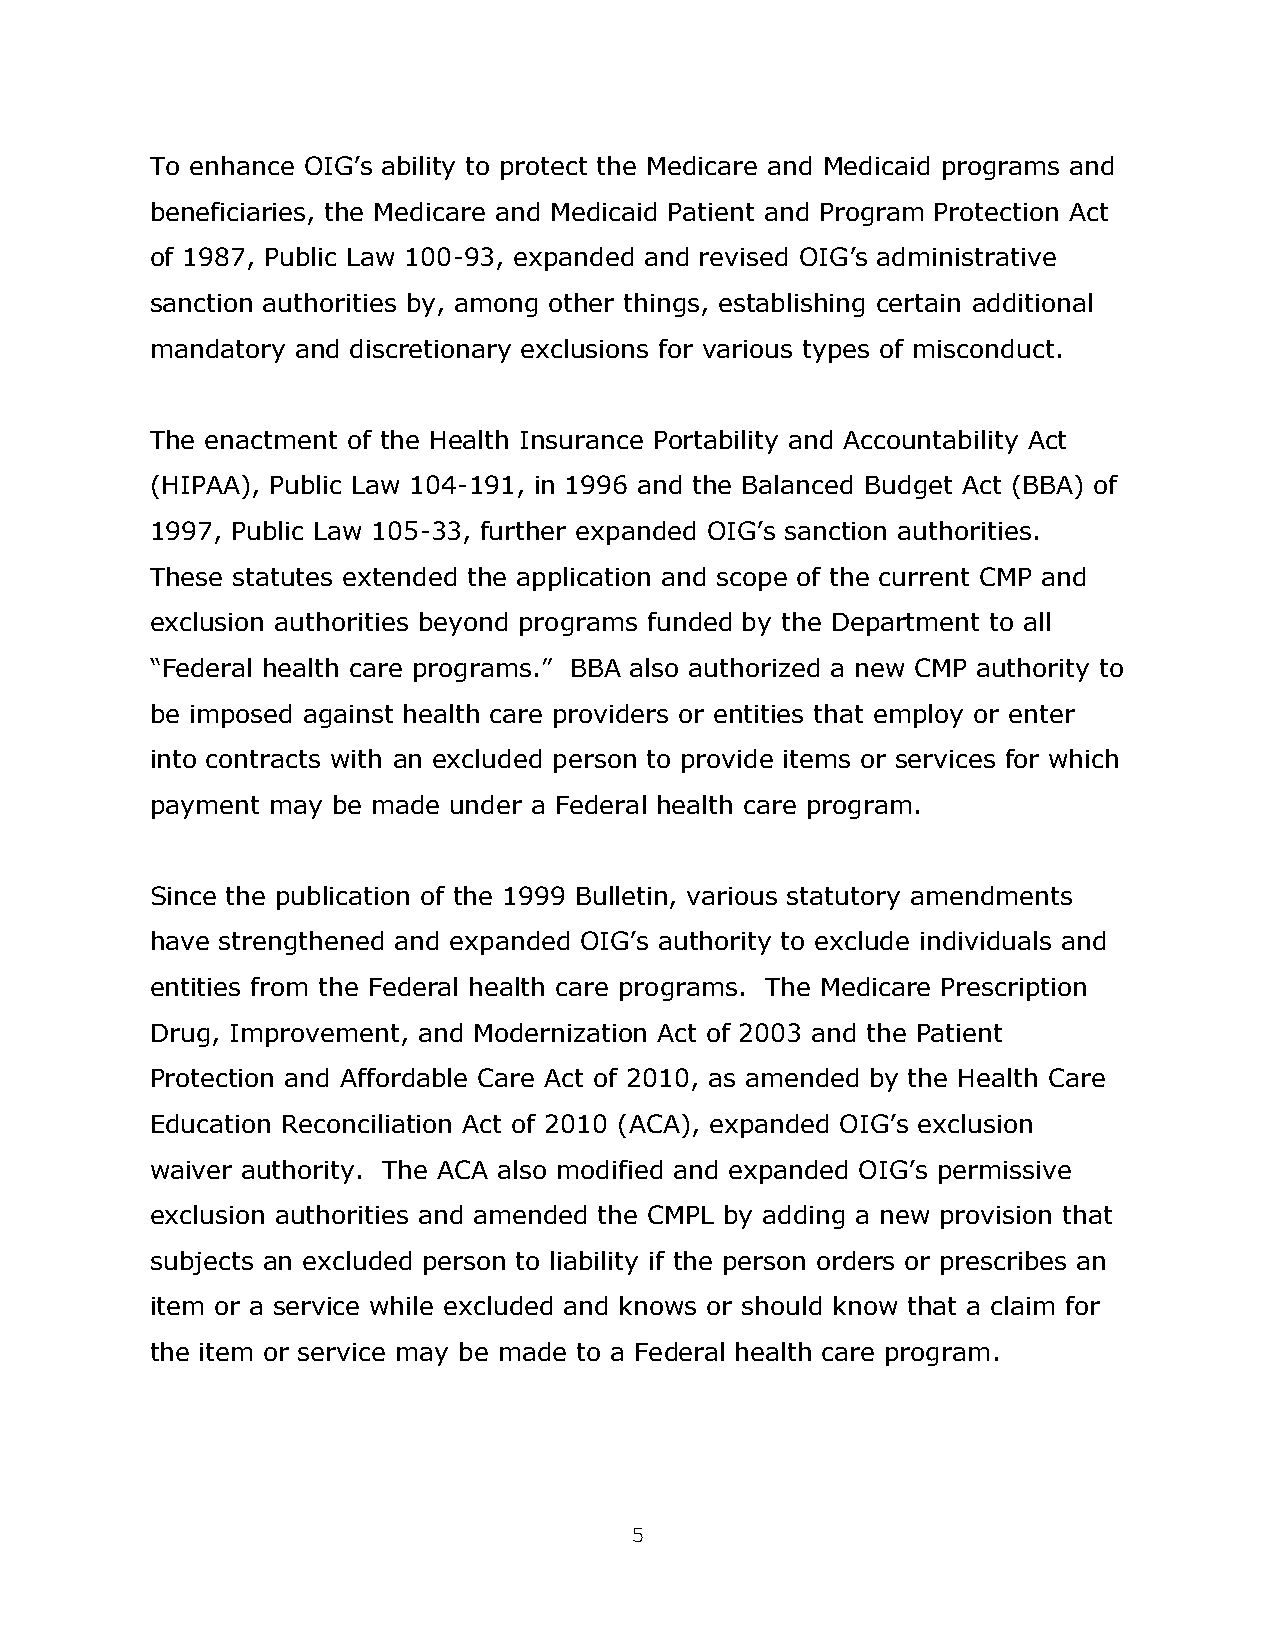
To enhance OIG’s ability to protect the Medicare and Medicaid programs and
 beneficiaries, the Medicare and Medicaid Patient and Program Protection Act
 of 1987, Public Law 100-93, expanded and revised OIG’s administrative
 sanction authorities by, among other things, establishing certain additional
 mandatory and discretionary exclusions for various types of misconduct.
 The enactment of the Health Insurance Portability and Accountability Act
 (HIPAA), Public Law 104-191, in 1996 and the Balanced Budget Act (BBA) of
 1997, Public Law 105-33, further expanded OIG’s sanction authorities.
 These statutes extended the application and scope of the current CMP and
 exclusion authorities beyond programs funded by the Department to all
 “Federal health care programs.” BBA also authorized a new CMP authority to
 be imposed against health care providers or entities that employ or enter
 into contracts with an excluded person to provide items or services for which
 payment may be made under a Federal health care program.
 Since the publication of the 1999 Bulletin, various statutory amendments
 have strengthened and expanded OIG’s authority to exclude individuals and
 entities from the Federal health care programs. The Medicare Prescription
 Drug, Improvement, and Modernization Act of 2003 and the Patient
 Protection and Affordable Care Act of 2010, as amended by the Health Care
 Education Reconciliation Act of 2010 (ACA), expanded OIG’s exclusion
 waiver authority. The ACA also modified and expanded OIG’s permissive
 exclusion authorities and amended the CMPL by adding a new provision that
 subjects an excluded person to liability if the person orders or prescribes an
 item or a service while excluded and knows or should know that a claim for
 the item or service may be made to a Federal health care program.
 5